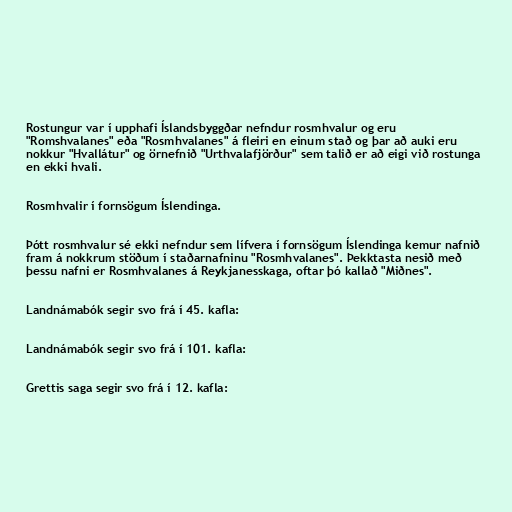
Rostungur var í upphafi Íslandsbyggðar nefndur rosmhvalur og eru
"Romshvalanes" eða "Rosmhvalanes" á fleiri en einum stað og þar að auki eru
nokkur "Hvallátur" og örnefnið "Urthvalafjörður" sem talið er að eigi við rostunga
en ekki hvali.

Rosmhvalir í fornsögum Íslendinga.

Þótt rosmhvalur sé ekki nefndur sem lífvera í fornsögum Íslendinga kemur nafnið
fram á nokkrum stöðum í staðarnafninu "Rosmhvalanes". Þekktasta nesið með
þessu nafni er Rosmhvalanes á Reykjanesskaga, oftar þó kallað "Miðnes".

Landnámabók segir svo frá í 45. kafla:

Landnámabók segir svo frá í 101. kafla:

Grettis saga segir svo frá í 12. kafla: